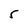
Character: 5